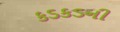
કડકડની